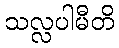
သလ္လပါမီတိ